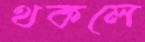
থকলে